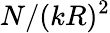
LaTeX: N/(kR)^{2}